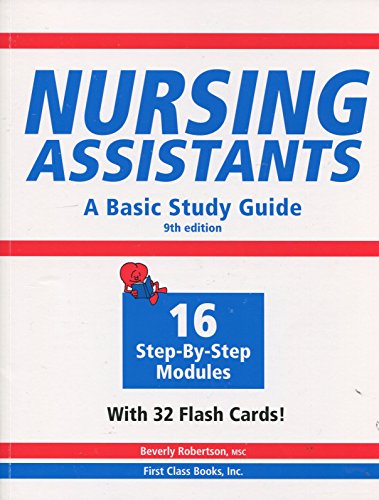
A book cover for Nursing Assistants: A Basic Study Guide, 9th Edition (Book & Flash Cards); Beverly Robertson; Medical Books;